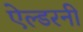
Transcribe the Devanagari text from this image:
ऐल्डरनी